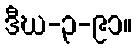
ဒီဃ-၃-၉၁။